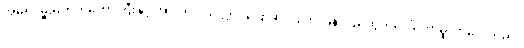
အိမ်ရှင်မှူးမတ်ကတော်ကြီးနှင့် အာလာပ သလ္လာပပြောဆို လျက် ပြန်လည်ထွက်ပေါ်တော်မူလာလေသည်။